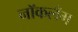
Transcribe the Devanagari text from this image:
नॉकलँग